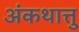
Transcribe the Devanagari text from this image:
अंकथात्तु